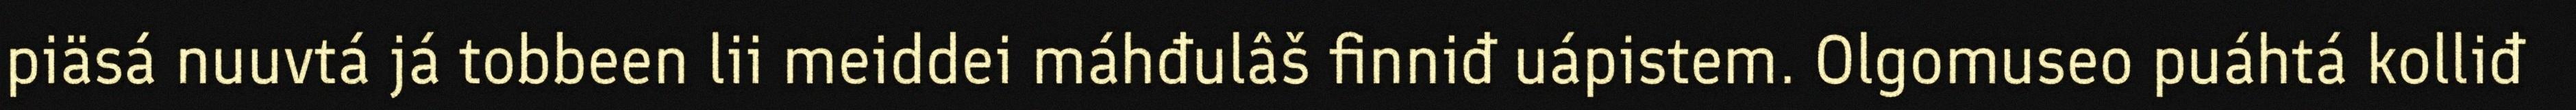
piäsá nuuvtá já tobbeen lii meiddei máhđulâš finniđ uápistem. Olgomuseo puáhtá kolliđ